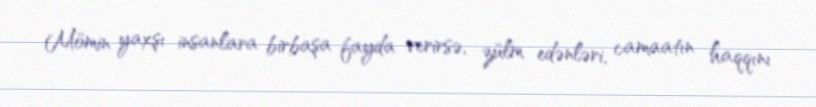
Mömin yaxşı insanlara birbaşa fayda verirsə, zülm edənləri, camaatın haqqını